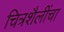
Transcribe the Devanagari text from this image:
चित्रशैलींचा